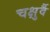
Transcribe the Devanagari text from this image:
चक्षुर्वै